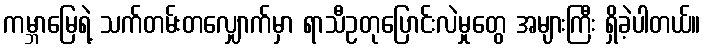
ကမ္ဘာမြေရဲ့ သက်တမ်းတလျှောက်မှာ ရာသီဥတုပြောင်းလဲမှုတွေ အများကြီး ရှိခဲ့ပါတယ်။